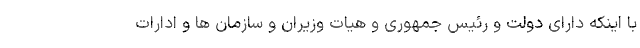
با اینکه دارای دولت و رئیس جمهوری و هیات وزیران و سازمان ها و ادارات